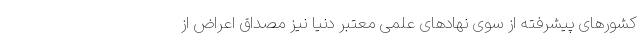
کشورهای پیشرفته از سوی نهادهای علمی معتبر دنیا نیز مصداق اعراض از